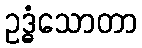
ဥဒ္ဓံသောတာ